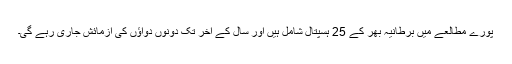
پورے مطالعے میں برطانیہ بھر کے 25 ہسپتال شامل ہیں اور سال کے آخر تک دونوں دواؤں کی آزمائش جاری رہے گی۔